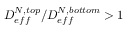
D _ { e f f } ^ { N , t o p } / D _ { e f f } ^ { N , b o t t o m } > 1